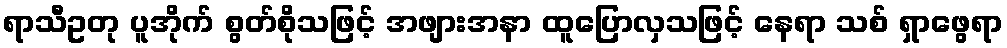
ရာသီဥတု ပူအိုက် စွတ်စိုသဖြင့် အဖျားအနာ ထူပြောလှသဖြင့် နေရာ သစ် ရှာဖွေရာ